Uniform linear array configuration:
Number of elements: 8
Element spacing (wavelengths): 0.25
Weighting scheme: blackman
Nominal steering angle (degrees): -15
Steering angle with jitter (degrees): -13.537
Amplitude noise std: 0.05
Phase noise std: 0.05

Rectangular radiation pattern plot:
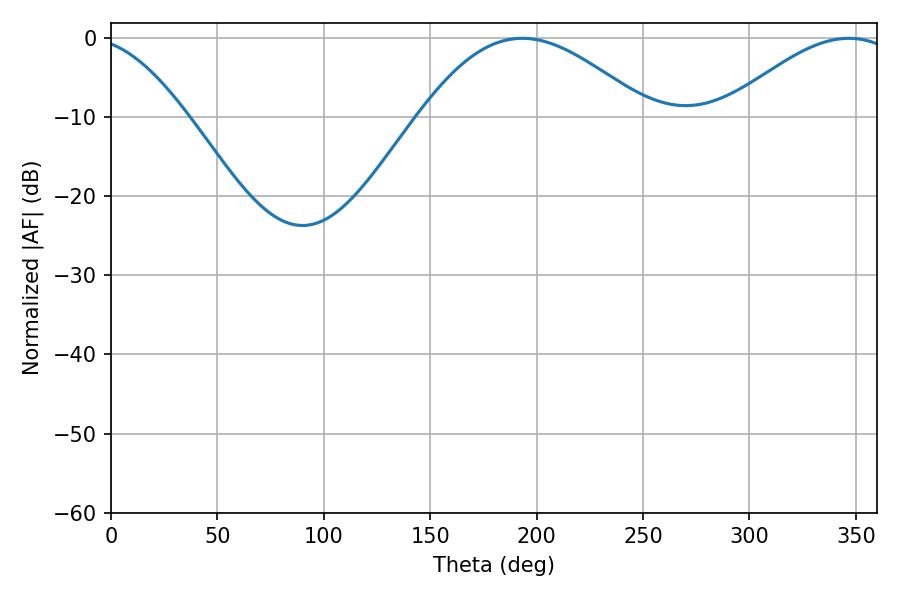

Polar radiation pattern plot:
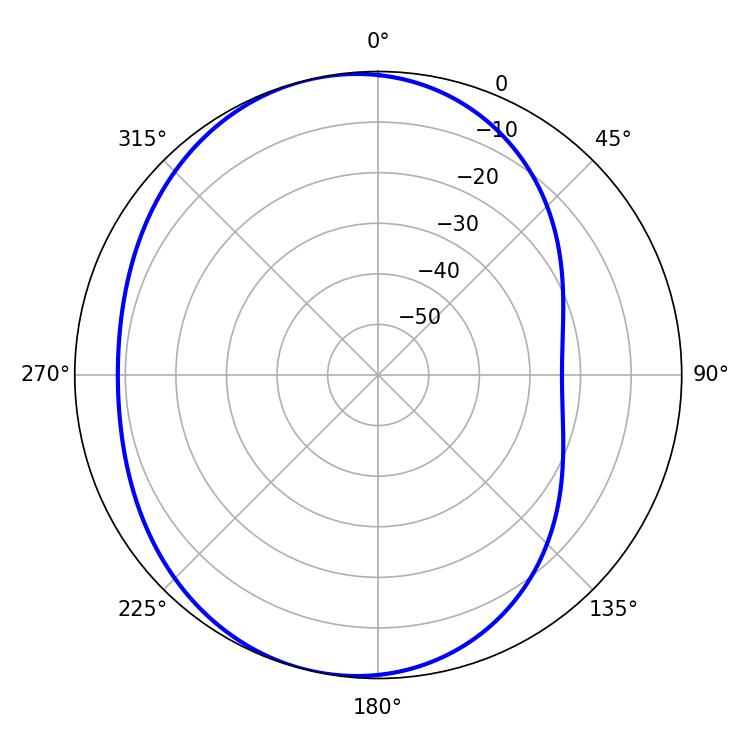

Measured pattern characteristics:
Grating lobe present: FALSE
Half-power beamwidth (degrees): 57.96
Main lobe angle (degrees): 193.32